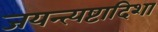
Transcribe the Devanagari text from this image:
जयन्त्यष्टादिशा